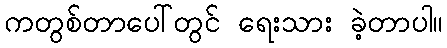
ကတွစ်တာပေါ်တွင် ရေးသား ခဲ့တာပါ။